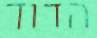
הדוד